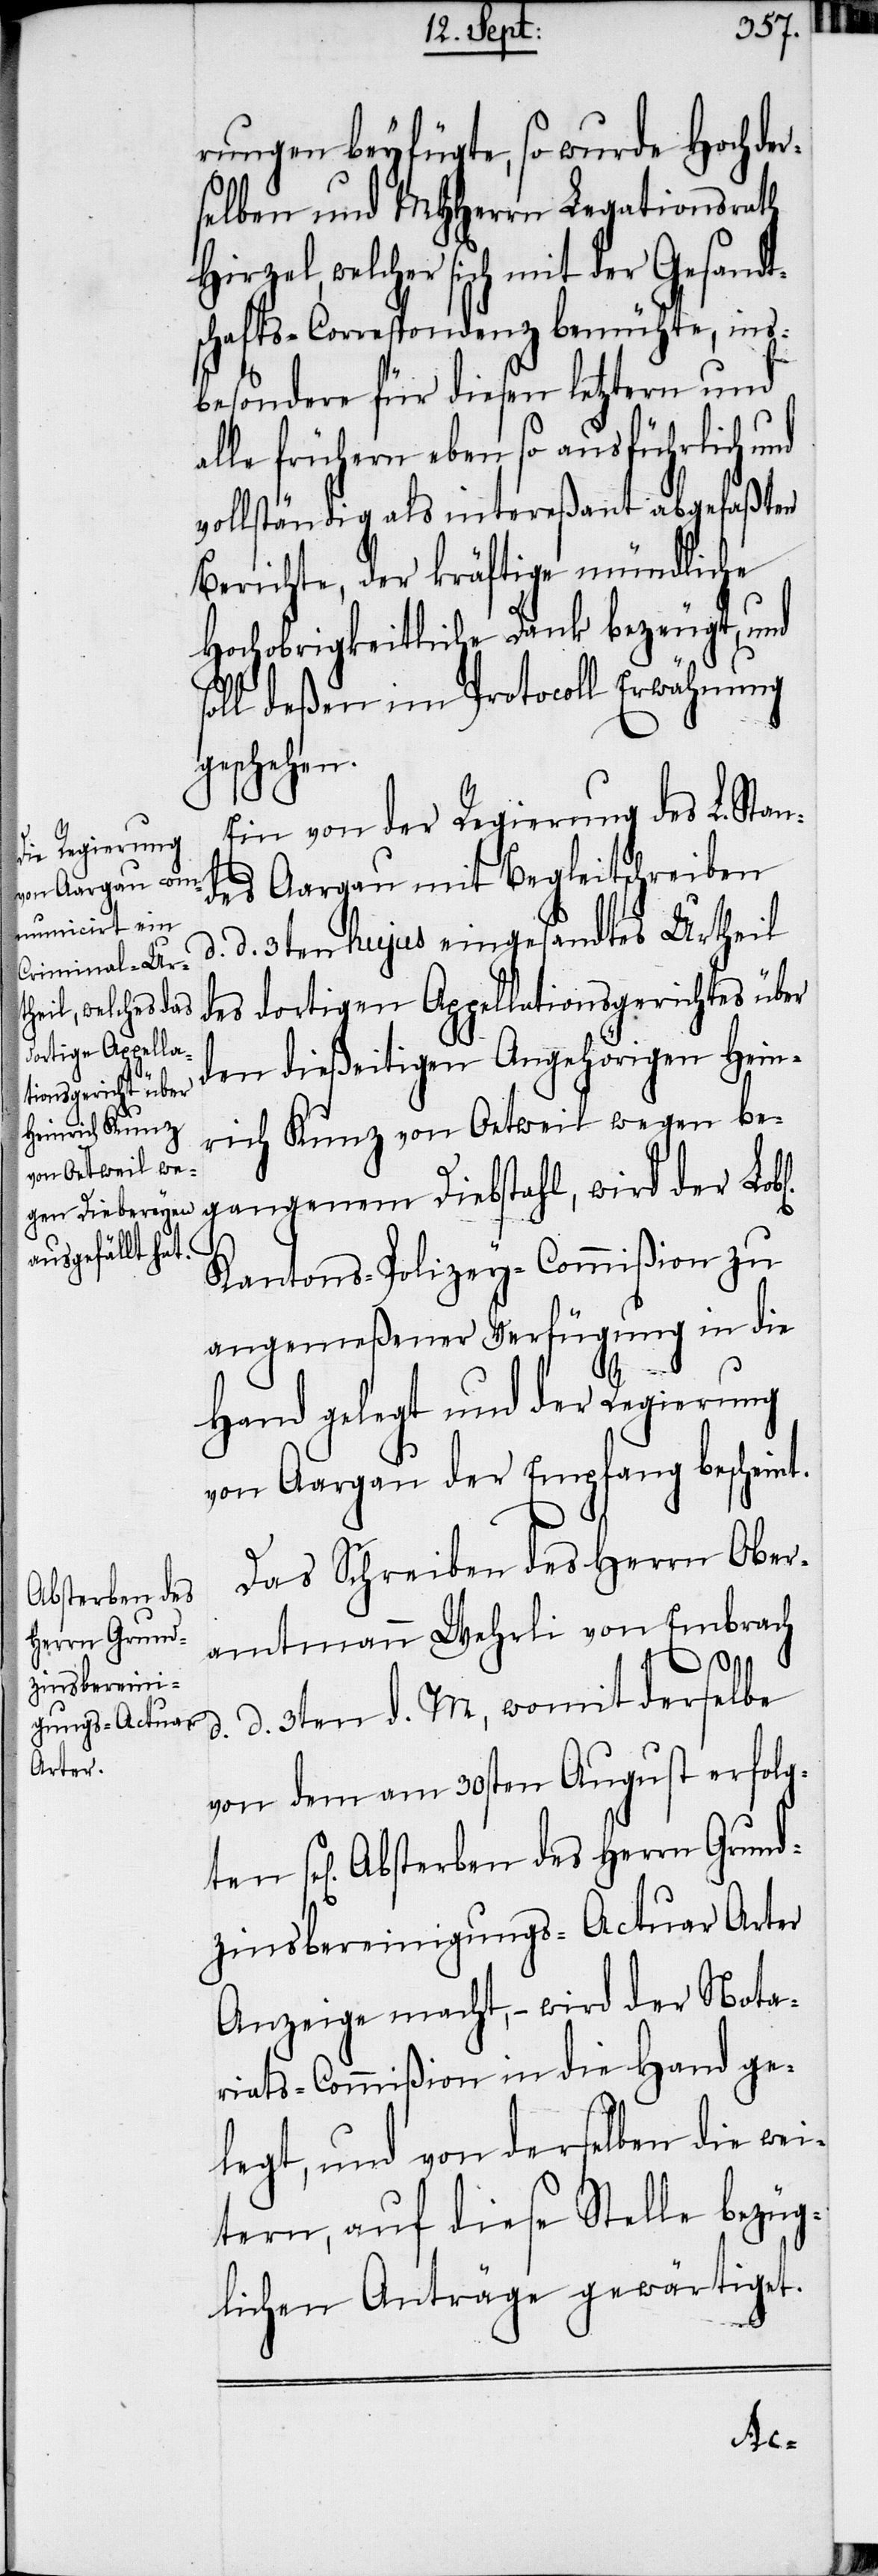
Absterben des
Herrn Grund¬

rungen beyfügte, so wurde Hochder¬
selben und MHHerrn Legationsrath
Hirzel, welcher sich mit der Gesandt¬
schafts-Correspondenz bemühte, ins¬
besondere für diesen letztern und
alle frühern eben so ausführlich und
vollständig als intereßant abgefaßten
Berichte, der kräftigste mündliche
Hochobrigkeitliche Dank bezeugt, und
oll deßen im Protocoll Erwähnung
geschehen.
Ein von der Regierung des L. Stan¬
des Aargau mit Begleitschreiben
d. 3ten hujus eingesandtes Urtheil
des dortigen Appellationsgerichtes über
den dießeitigen Angehörigen Hein¬
rich Kunz von Oetweil wegen be¬
gangenem Diebstahl, wird der Lo¬
Kantons-Polizey-Commißion zu
angemeßener Verfügung in die
d.
Hand gelegt und der Regierung
von Aargau der Empfang bescheint.
Das Schreiben des Herrn Ober¬
amtmann Wehrli von Embrach
d. d. 3ten d. M, womit derselbe
von dem am 30sten August erfolg¬
zinsbereinigungs-Actuar Arter
Anzeige macht, − wird der Nota¬
riats-Commißion in die Hand ge¬
legt, und von derselben die wei¬
tern, auf diese Stelle bezüg¬
lichen Anträge gewärtiget.
ten

n]